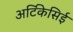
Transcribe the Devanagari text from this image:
अर्टिकेसिई